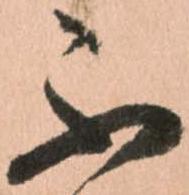
不